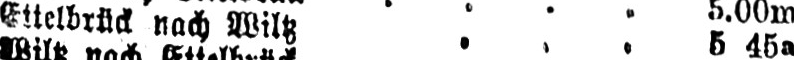
Ettelbrück nach Wiltz ... 545a